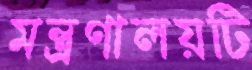
মন্ত্রণালয়টি